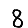
Digit: 8